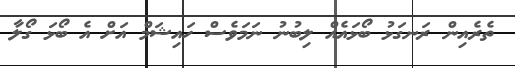
ތެރެއިން ރަނގަޅު ބޯޅައެއް ލިބުނު ނަމަވެސް ހައިޝަމް އަށް އެ ބޯޅަ ގޯލާ